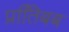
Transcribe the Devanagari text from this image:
प्रतििबब